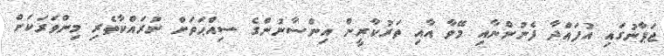
ޖަޕާނުގައި އުފައްދާ ފެނުންނާއި މޭވާ އާއި ތަރުކާރީން އިންސާނުންގެ ސިއްޙަތަށް ނުރައްކާތެރި މިންވަރަކަށް